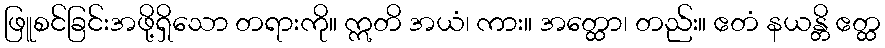
ဖြူစင်ခြင်းအဖို့ရှိသော တရားကို။ ဣတိ အယံ၊ ကား။ အတ္ထော၊ တည်း။ ဧတံ နယန္တိ ဧတ္ထ